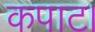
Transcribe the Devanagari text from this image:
कपाट।